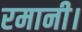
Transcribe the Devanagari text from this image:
रमानी।